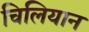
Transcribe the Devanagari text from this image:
चिलियान